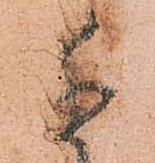
遣